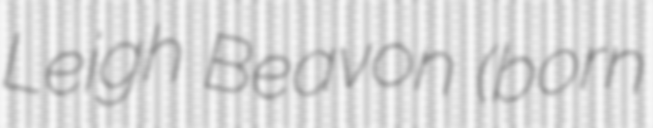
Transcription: Leigh Beavon (born